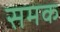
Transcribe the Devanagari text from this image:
समक